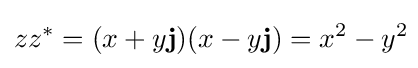
zz^{\ast }=(x+y\mathbf {j} )(x-y\mathbf {j} )=x^{2}-y^{2}\!